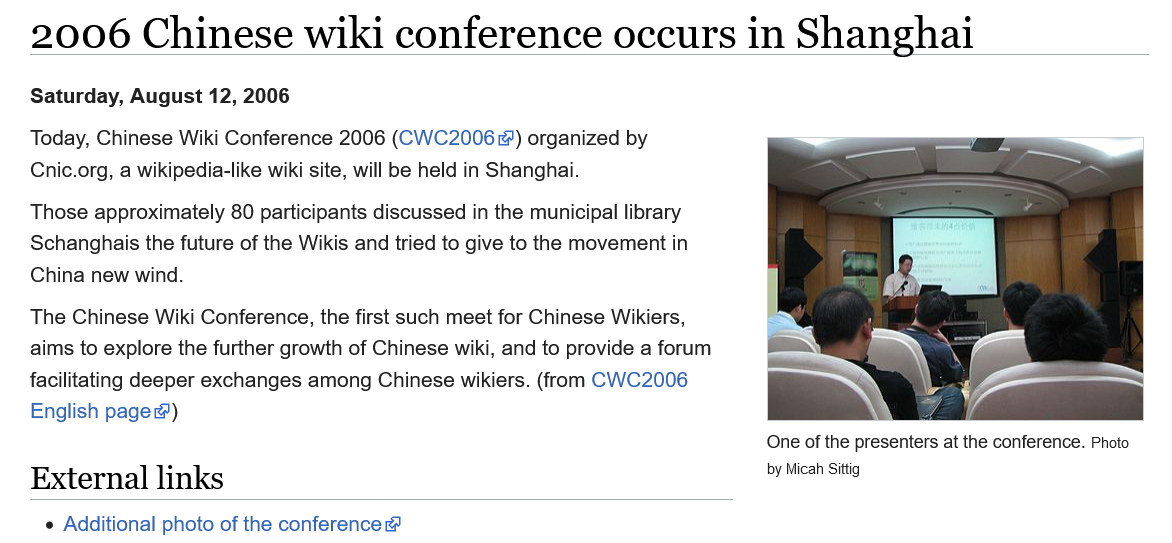
2006    Chinese    wiki    conference    occurs    in  Shanghai
   Today, Chinese Wiki Conference 2006 (CVVC2006 @) organized by
   Cnic.org, a wikipedia-like wiki site, will be held in Shanghai.
   The Chinese Wiki Conference, the first such meet for Chinese Wikiers,
   aims to explore the further growth of Chinese wiki, and to provide a forum
   facilitating deeper exchanges among Chinese wikiers. (from CVVC2006
    English page)
   Those  approximately 80 participants discussed in the municipal library
   Schanghais the future of the Wikis and tried to give to the movement in
   China new wind.
   External    links
   Saturday, August 12, 2006
     One of the presenters at the conference. Photo
     by Micah Sittig
     e Additional photo of the conference